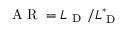
\mathrm { ~ A ~ R ~ } = L _ { \mathrm { ~ D ~ } } / L _ { \mathrm { ~ D ~ } } ^ { * }